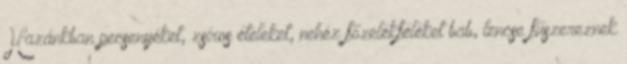
Hazánkban pecsenyéket, zsíros ételeket, nehéz főzelékféléket bab, lencse fűszereznek